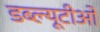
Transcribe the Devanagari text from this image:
डब्‍ल्‍यूटीओ